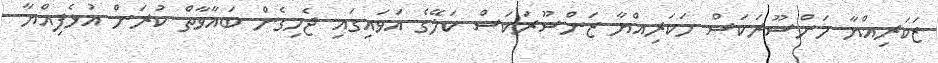
ޒަކަރިއްޔާ މަންސޫރަކަސް މަކަރިއްޔާ ޒަންސޫރަކަސް ކަލޭގެ އަވައިގައި ޖެހިގެން ބަޣާވާތް ކުރަން އުޅެފިއްޔާ